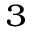
_ 3